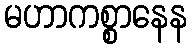
မဟာကစ္စာနေန